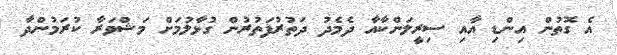
އެ ގޮތުން އިންޑި އާއި ސިރީލަންކާއާ ދެމެދު ދަތުރުފަތުރުން ގުޅާލުމަށް މަޝްވަރާ ކުރަމުންދާ